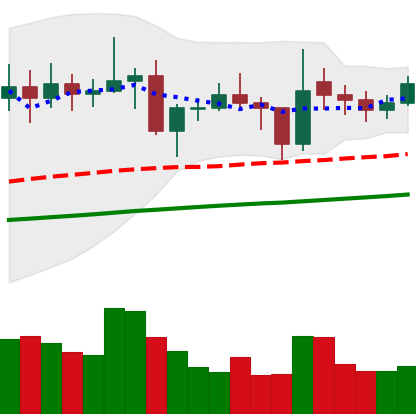
Ticker: ETC-USD
Chart end date: 2021-02-02
Forward return: 6.291%
Label: up_5_7